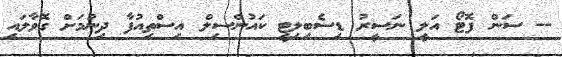
-- ސަން ފޮޓޯ އަލީ ނަސީރު ޑިސެބިލިޓީ ކައުންސިލް އިސްތިއުފާ ދިނުމަށް ގޮވާލައި